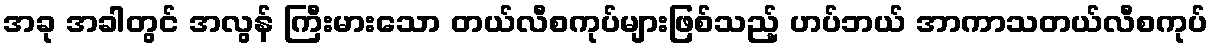
အခု အခါတွင် အလွန် ကြီးမားသော တယ်လီစကုပ်များဖြစ်သည့် ဟပ်ဘယ် အာကာသတယ်လီစကုပ်